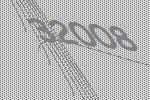
32008